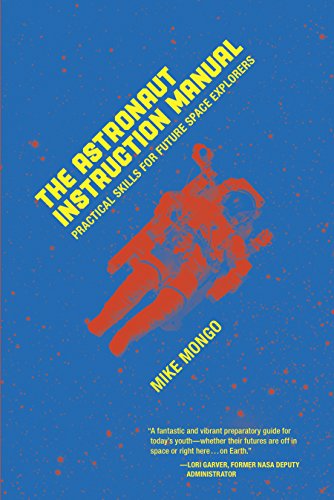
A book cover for The Astronaut Instruction Manual; Mike Mongo; Children's Books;